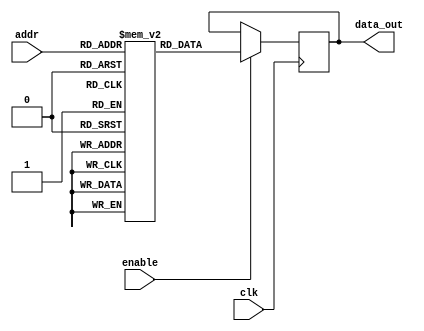
module ParameterizedROM #(
    parameter DATA_WIDTH = 8,  // Width of each word in bits
    parameter ADDR_WIDTH = 4   // Number of address lines
)(
    input wire clk,             // Clock signal
    input wire [ADDR_WIDTH-1:0] addr,  // Address input
    input wire enable,          // Enable signal
    output reg [DATA_WIDTH-1:0] data_out // Data output
);

// Internal memory declaration
reg [DATA_WIDTH-1:0] memory [(2**ADDR_WIDTH)-1:0];

// Initialization block
initial begin
    // Example initialization of the ROM with specific data values
    // You can customize the values as needed
    memory[0] = 8'h00;
    memory[1] = 8'h01;
    memory[2] = 8'h02;
    memory[3] = 8'h03;
    memory[4] = 8'h04;
    memory[5] = 8'h05;
    memory[6] = 8'h06;
    memory[7] = 8'h07;
    memory[8] = 8'h08;
    memory[9] = 8'h09;
    memory[10] = 8'h0A;
    memory[11] = 8'h0B;
    memory[12] = 8'h0C;
    memory[13] = 8'h0D;
    memory[14] = 8'h0E;
    memory[15] = 8'h0F; // Assuming ADDR_WIDTH = 4
    // Additional initialization can be added as needed
end

// Always block triggered on rising edge of the clock
always @(posedge clk) begin
    if (enable) begin
        data_out <= memory[addr]; // Output data at specified address
    end
    // If enable is low, data_out retains its previous value
end

endmodule